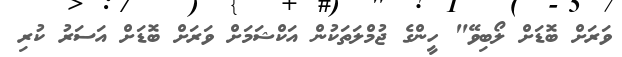
ވަރަށް ބޮޑަށް ލޯބިވޭ" ހީންގެ ޖުމްލަތަކުން އަކްޝަމަށް ވަރަށް ބޮޑަށް އަސަރު ކުރި